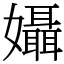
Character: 𡤙